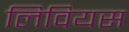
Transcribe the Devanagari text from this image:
लिवियस